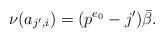
LaTeX: \begin{align*}\nu(a_{j',i})=(p^{e_0}-j')\bar\beta.\end{align*}